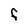
Character: F